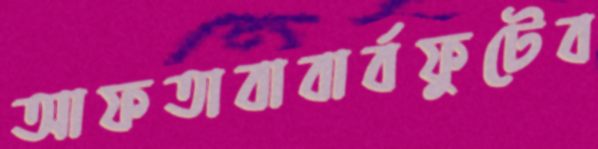
আফতাবাবার্বফুটেব